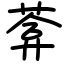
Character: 葊